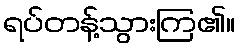
ရပ်တန့်သွားကြ၏။